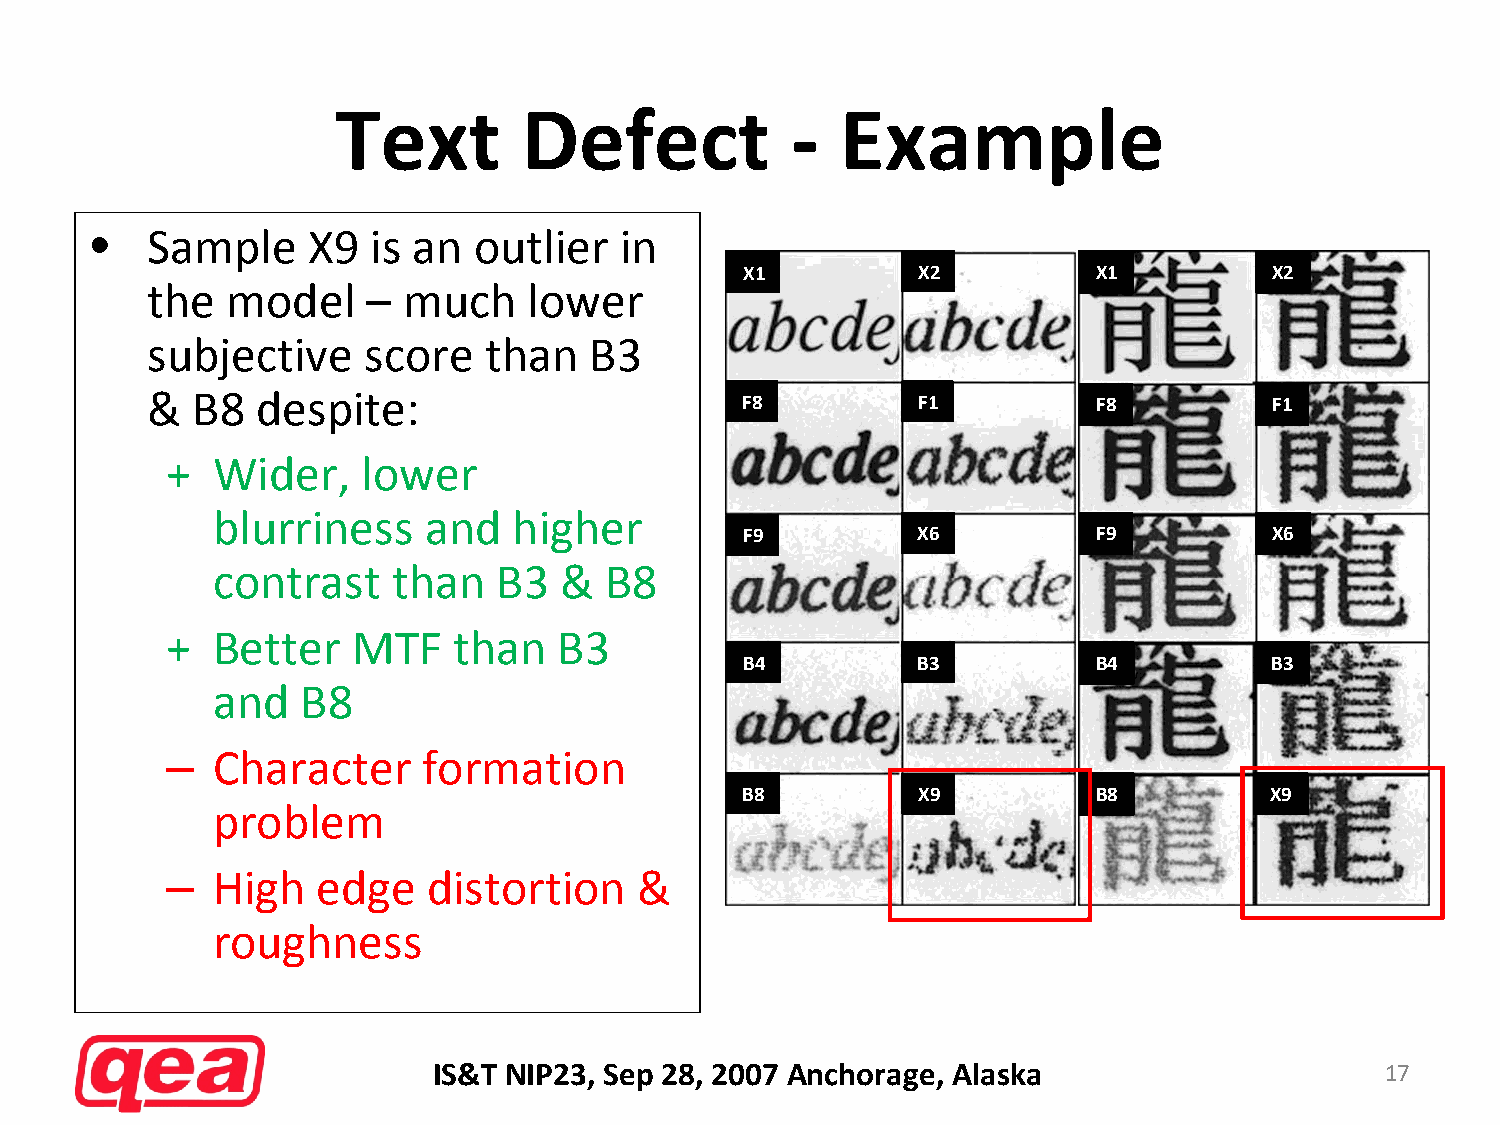
Text        Defect            ‐   Example
 •   Sample    X9  is an  outlier   in
 X1          X2          X1         X2
 the  model    –  much    lower
 subjective    score   than   B3
 &  B8  despite:
 F8          F1          F8         F1
 +  Wider,    lower
 blurriness    and   higher
 F9          X6          F9         X6
 contrast    than   B3  &  B8
 +  Better   MTF    than   B3
 B4          B3          B4         B3
 and   B8
 –  Character     formation
 B8          X9          B8         X9
 problem
 –  High   edge   distortion    &
 roughness
 IS&T NIP23, Sep 28, 2007 Anchorage, Alaska                     17